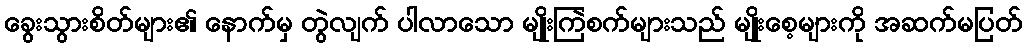
ခွေးသွားစိတ်များ၏ နောက်မှ တွဲလျက် ပါလာသော မျိုးကြဲစက်များသည် မျိုးစေ့များကို အဆက်မပြတ်